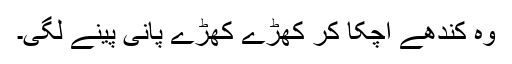
وہ کندھے اچکا کر کھڑے کھڑے پانی پینے لگی۔